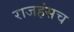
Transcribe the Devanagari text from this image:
राजहंसच